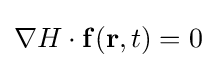
\nabla H\cdot \mathbf {f} (\mathbf {r} ,t)=0